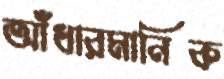
আঁধারমানিক